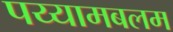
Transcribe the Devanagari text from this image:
पय्यामबलम